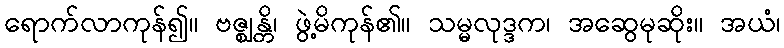
ရောက်လာကုန်၍။ ဗဇ္ဈန္တိ၊ ဖွဲ့မိကုန်၏။ သမ္မလုဒ္ဒက၊ အဆွေမုဆိုး။ အယံ၊